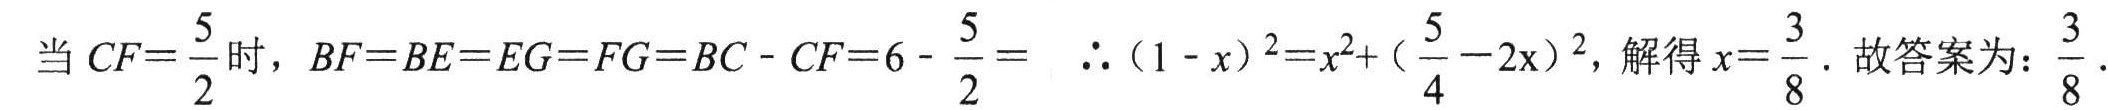
当 \(CF = \frac{5}{2}\) 时，\(BF = BE = EG = FG = BC - CF = 6 - \frac{5}{2}=\)  \(\therefore (1 - x)^2 = x^2 + (\frac{5}{4}-2x)^2\)，解得 \(x = \frac{3}{8}\)．故答案为：\(\frac{3}{8}\)．